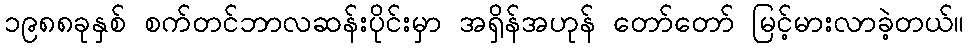
၁၉၈၈ခုနှစ် စက်တင်ဘာလဆန်းပိုင်းမှာ အရှိန်အဟုန် တော်တော် မြင့်မားလာခဲ့တယ်။